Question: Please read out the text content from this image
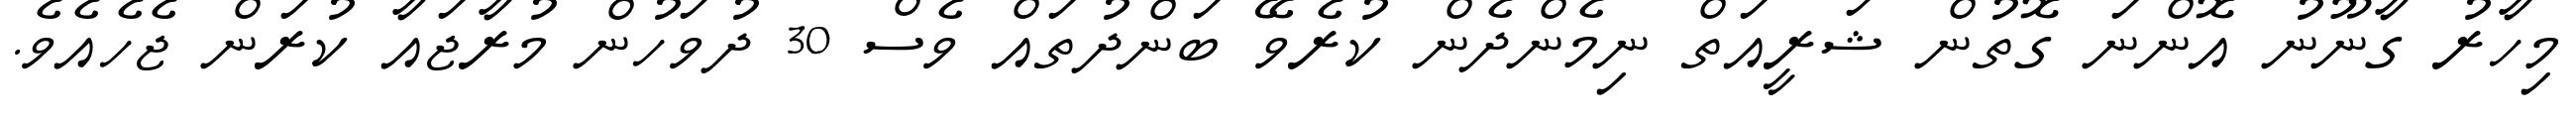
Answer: މިހާރު ގާނޫނު އޮންނަ ގޮތުން ޝަރީއަތް ނިމެންދެން ކުރެވޭ ބަންދުތައް ވެސް 30 ދުވަހުން މުރާޖައާ ކުރަން ޖެހެއެވެ.